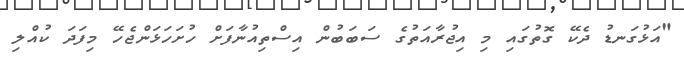
"އަޅުގަނޑު ދެކޭ ގޮތުގައި މި އިޖުރާއަތުގެ ސަބަބުން އިސްތިއުނާފަށް ހުށަހަޅަންޖެހޭ މިފަދަ ކުއްލި